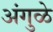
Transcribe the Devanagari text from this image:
अंगुळे